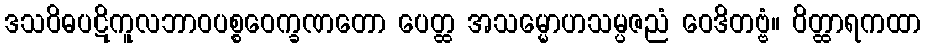
ဒသဝိဓပဋိကူလဘာဝပစ္စဝေက္ခဏတော ပေတ္ထ အသမ္မောဟသမ္ပဇညံ ဝေဒိတဗ္ဗံ။ ဝိတ္ထာရကထာ